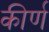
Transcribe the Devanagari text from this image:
कीर्ण